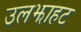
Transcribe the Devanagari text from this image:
उलझाहट